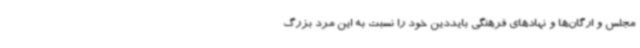
مجلس و ارگان‌ها و نهادهای فرهنگی بایددین خود را نسبت به این مرد بزرگ